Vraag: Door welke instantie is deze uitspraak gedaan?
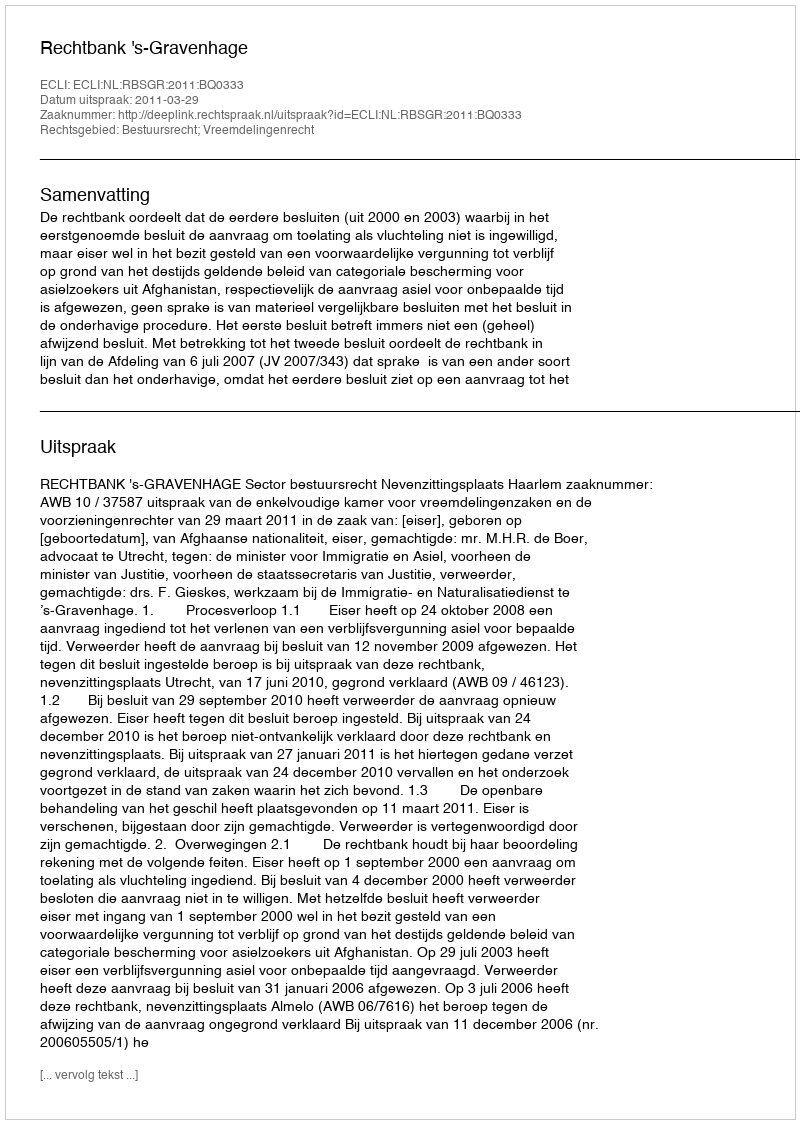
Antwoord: Rechtbank 's-Gravenhage